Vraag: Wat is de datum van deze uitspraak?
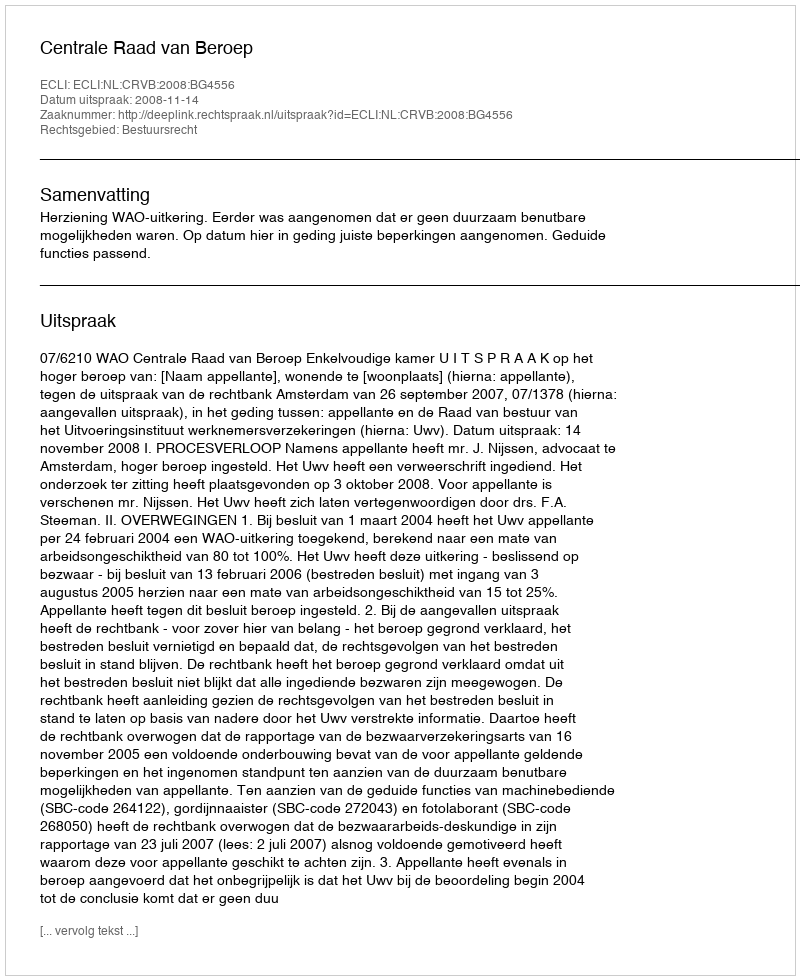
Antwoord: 2008-11-14